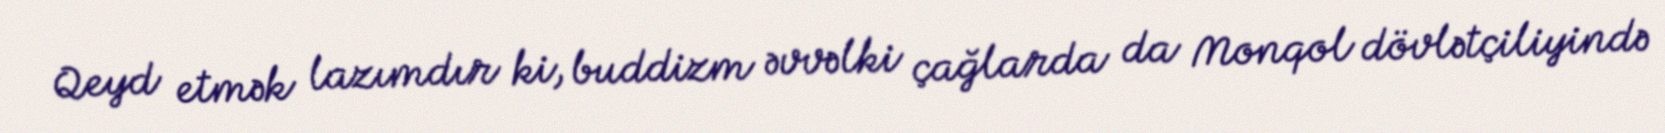
Qeyd etmək lazımdır ki, buddizm əvvəlki çağlarda da Monqol dövlətçiliyində